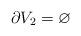
LaTeX: \begin{align*} \partial V_2 = \varnothing \end{align*}